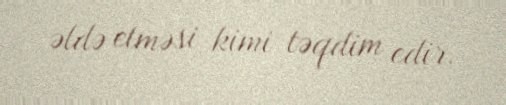
əldə etməsi kimi təqdim edir.